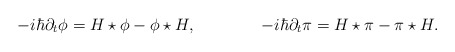
\begin{align*}-i\hbar\partial_{t}\phi =H\star\phi-\phi\star H,\qquad \qquad -i\hbar\partial_{t}\pi =H\star\pi-\pi\star H.\end{align*}